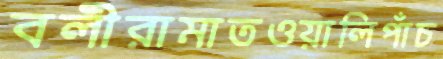
বলীরামাতওয়ালিপাঁচ